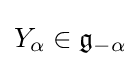
Y_{\alpha }\in {\mathfrak {g}}_{-\alpha }